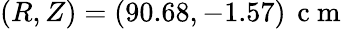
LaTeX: (R,Z)=(90.68,-1.57)\, \mathrm{~c~m~}